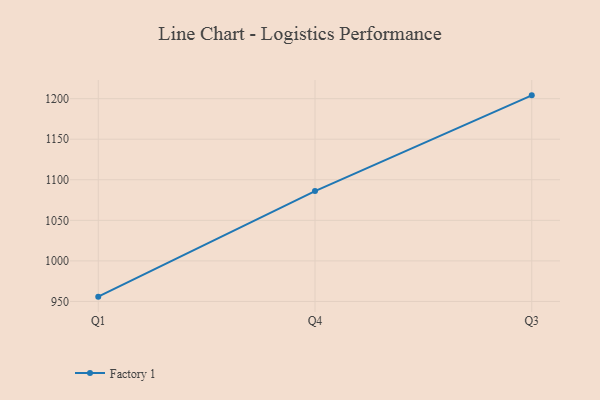
{"axis": {"x": "Quarter", "y": "Latency (ms)"}, "legend": ["Factory 1"], "data": [{"x": "Q1", "y": 955.9, "type": "Factory 1"}, {"x": "Q4", "y": 1086.1, "type": "Factory 1"}, {"x": "Q3", "y": 1204.1, "type": "Factory 1"}]}